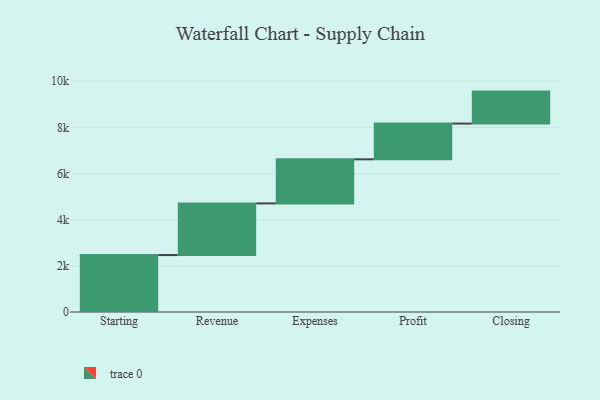
{"axis": {"x": "Step", "y": "Value"}, "legend": [""], "data": [{"x": "Starting", "y": 2467.0, "type": ""}, {"x": "Revenue", "y": 2238.0, "type": ""}, {"x": "Expenses", "y": 1910.0, "type": ""}, {"x": "Profit", "y": 1549.0, "type": ""}, {"x": "Closing", "y": 1385.0, "type": ""}]}